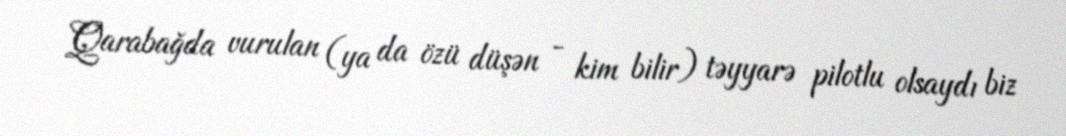
Qarabağda vurulan (ya da özü düşən - kim bilir) təyyarə pilotlu olsaydı biz